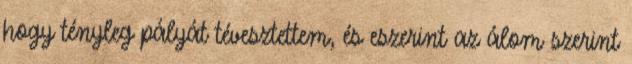
hogy tényleg pályát tévesztettem, és eszerint az álom szerint